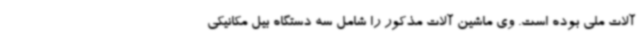
آلات ملی بوده است. وی ماشین آلات مذکور را شامل سه دستگاه بیل مکانیکی